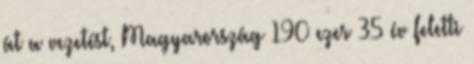
át a vezetést, Magyarország 190 ezer 35 év feletti